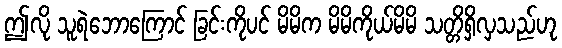
ဤလို သူရဲဘောကြောင် ခြင်းကိုပင် မိမိက မိမိကိုယ်မိမိ သတ္တိရှိလှသည်ဟု